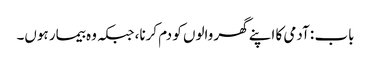
باب : آدمی کا اپنے گھر والوں کو دم کرنا، جبکہ وہ بیمار ہوں۔